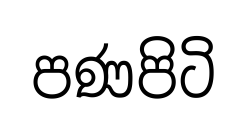
පණපිටි